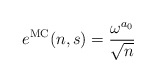
\begin{align*}e^{\mathrm{MC}}(n,s)=\frac{\omega^{a_0}}{\sqrt{n}}\end{align*}